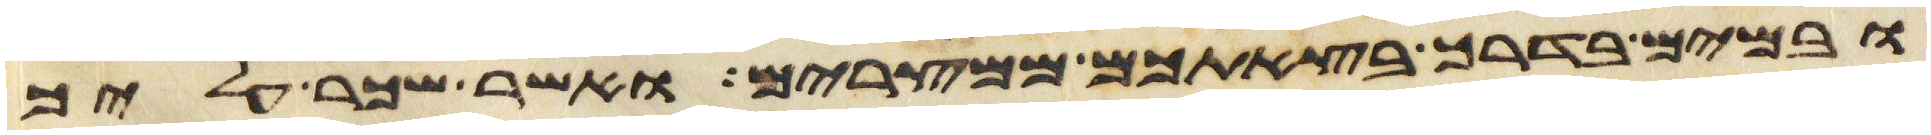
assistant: ובמים בדרך בצאתכם ממצרים ואשר שכר עליך